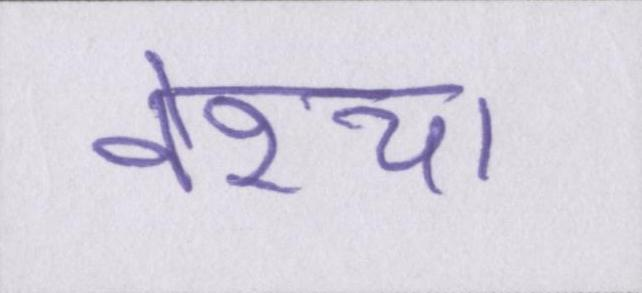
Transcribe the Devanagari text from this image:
वेश्या